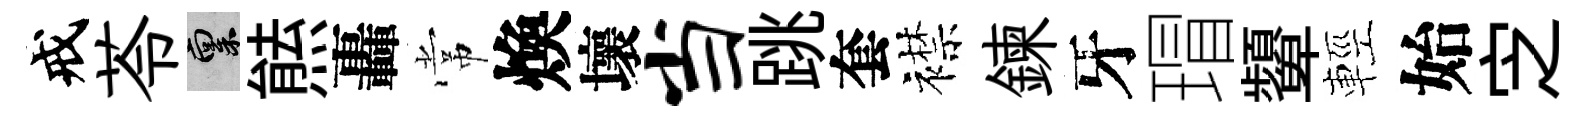
戒苓禀㷱轟常煥壞当跳套襟鍊牙瑁顰輕始㝎